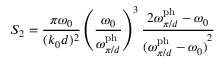
S _ { 2 } = \frac { \pi \omega _ { 0 } } { ( k _ { 0 } d ) ^ { 2 } } \left( \frac { \omega _ { 0 } } { \omega _ { \pi / d } ^ { \mathrm { p h } } } \right) ^ { 3 } \frac { 2 \omega _ { \pi / d } ^ { \mathrm { p h } } - \omega _ { 0 } } { { ( \omega _ { \pi / d } ^ { \mathrm { p h } } - \omega _ { 0 } ) } ^ { 2 } }